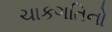
ચાકગતિનો